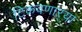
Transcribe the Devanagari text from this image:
टिकवणाऱ्या